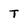
Character: T